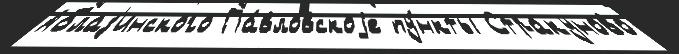
Аблаз'инского Па́вловскоjе пу́нкты Стракуново